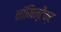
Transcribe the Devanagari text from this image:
नॉमिन्टैक्ट